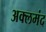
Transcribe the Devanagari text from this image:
अक्लमंद